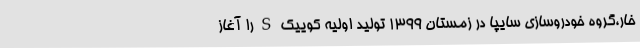
خار،گروه خودروسازی سایپا در زمستان ۱۳۹۹ تولید اولیه کوییک S را آغاز